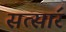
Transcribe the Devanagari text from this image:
सत्सार॔